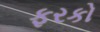
ફરકો